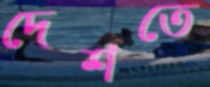
দেশতে